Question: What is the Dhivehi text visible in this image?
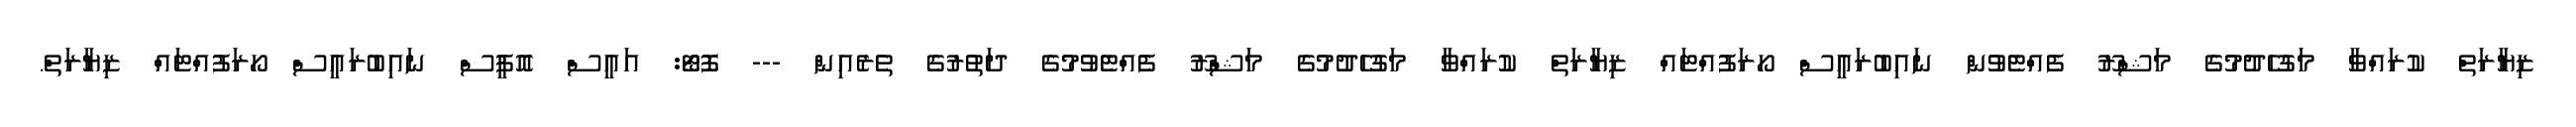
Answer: ޒިޔާރަތް ކުރައްވާ މަގުހެދުމުގެ މަޝްރޫ ފެއްޓެވުން ނައިބުރައީސް ހޯރަފުއްޓައް ޒިޔާރަތް ކުރައްވާ މަގުހެދުމުގެ މަޝްރޫ ފެއްޓެވުމުގެ ދަތުރުގެ ތެރެއިން --- ފޮޓޯ: އައީސް އޮފީސް ނައިބުރައީސް ހޯރަފުއްޓައް ޒިޔާރަތް.